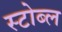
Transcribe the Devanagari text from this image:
स्टोब्ल